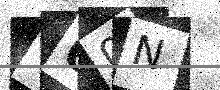
Text: 060N